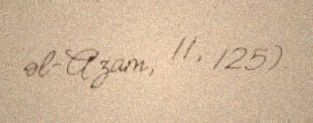
əl-A'zam, 11, 125).